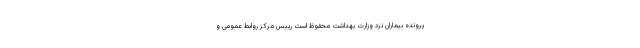
پرونده بیماران نزد وزارت بهداشت محفوظ است رییس مرکز روابط عمومی و